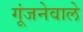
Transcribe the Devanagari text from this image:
गूंजनेवाले